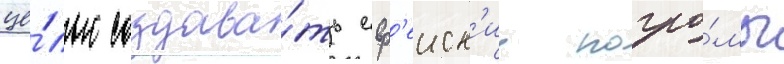
це́лью создава́ть евр'еиск'ие погро́мы